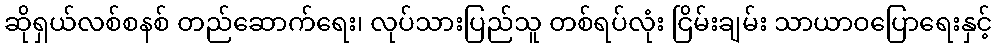
ဆိုရှယ်လစ်စနစ် တည်ဆောက်ရေး၊ လုပ်သားပြည်သူ တစ်ရပ်လုံး ငြိမ်းချမ်း သာယာဝပြောရေးနှင့်